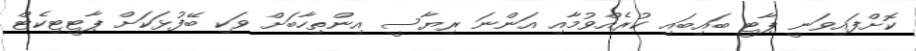
ކޮށްފައިވަނީ ޕާޓީ ބައިބައި ކުރެއްވުމާއި އަންނަ ރިޔާސީ އިންތިހާބަށް ވަކި ބޭފުޅަކަށް ޕާޓީޓިކެޓް